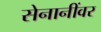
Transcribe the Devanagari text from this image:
सेनानींवर